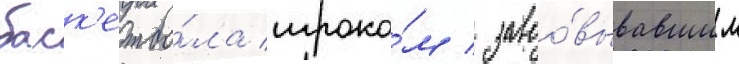
баск'етбо́ла игроко́м / завоо́вывавшим